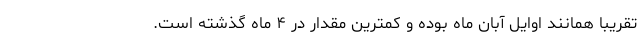
تقریبا همانند اوایل آبان ماه بوده و کمترین مقدار در ۴ ماه گذشته است.